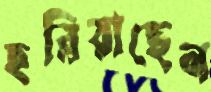
হরিয়াছেন